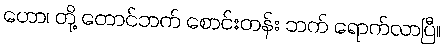
ဟော၊ တို့ တောင်ဘက် စောင်းတန်း ဘက် ရောက်လာပြီ။